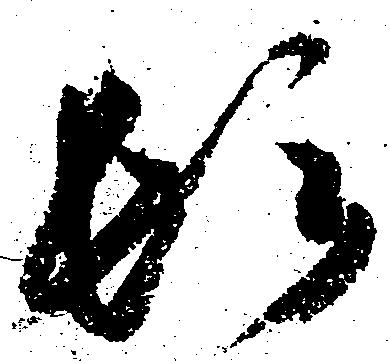
頓